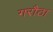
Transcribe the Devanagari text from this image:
गरौठा